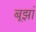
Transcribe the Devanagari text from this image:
बूझां